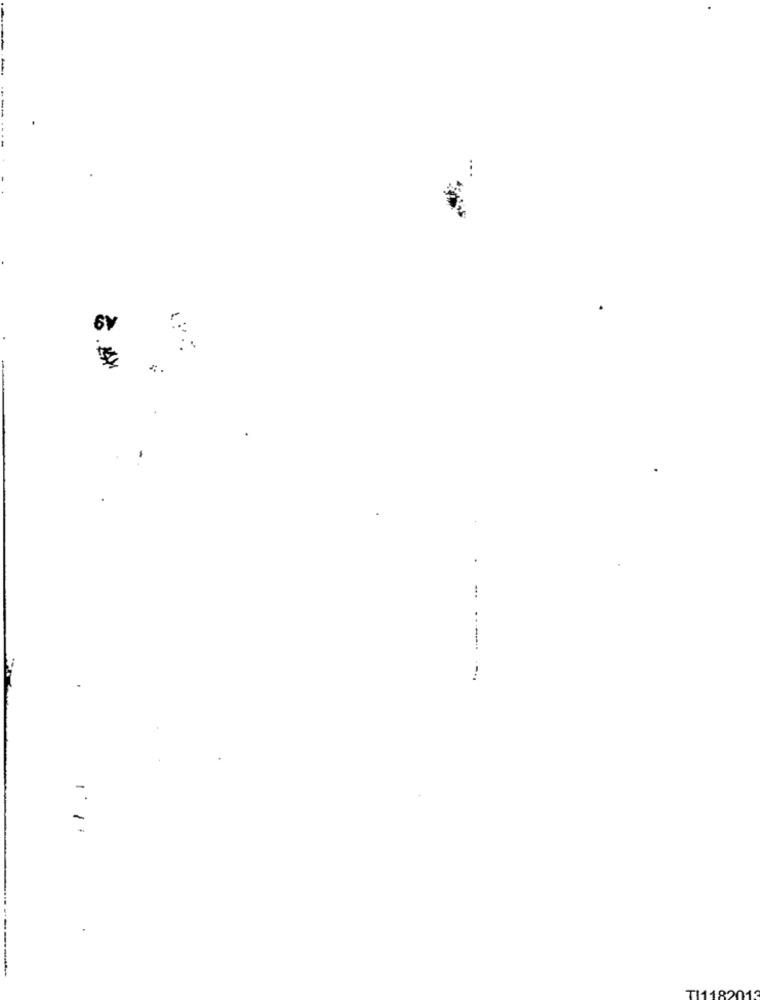
6v
...
--..
-
TI